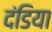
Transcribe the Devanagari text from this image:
दंडिया